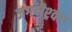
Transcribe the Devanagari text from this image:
जगदीश्र्वर